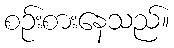
စဉ်းစားနေသည်။